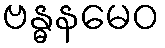
ဗန္ဓနမေဝ